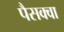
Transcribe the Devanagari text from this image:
पैसक्वा